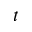
t